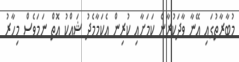
މުބާރާތުގައި އޭނާ ވާދަކުރާނެ ކަމަށާއި ކުރިން އެކަމާމެދު ޝައްކު އޮތް ނަމަވެސް މިހާރު